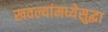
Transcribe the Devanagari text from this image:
खवल्यांमध्येसुद्धा